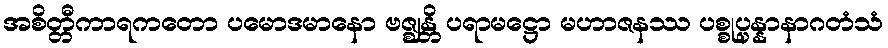
အစိတ္တီကာရကတော ပမောဒမာနော ဗဇ္ဈန္တိ ပရာမဋ္ဌော မဟာဇနဿ ပစ္စုပ္ပန္နာနာဂတံသံ